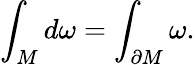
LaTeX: \int_{M}d\omega=\int_{\partial M}\omega.